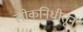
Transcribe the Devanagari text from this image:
लोकनिधीतून